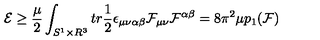
{ \cal E } \ge \frac { \mu } { 2 } \int _ { S ^ { 1 } \times R ^ { 3 } } t r \frac { 1 } { 2 } \epsilon _ { \mu \nu \alpha \beta } { \cal F } _ { \mu \nu } { \cal F } ^ { \alpha \beta } = 8 \pi ^ { 2 } \mu p _ { 1 } ( { \cal F } )